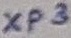
Text: XP3